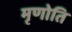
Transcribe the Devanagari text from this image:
मृणोति